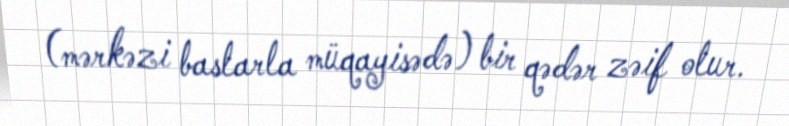
(mərkəzi baslarla müqayisədə) bir qədər zəif olur.